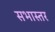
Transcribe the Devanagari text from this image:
सभास्तर